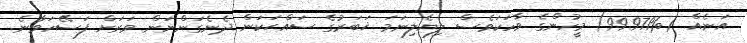
އަނެއް (%99.971) މީހުންގެ ވާހަކަވެސް ލިޔެލިނަމަ ޚަބަރުގެ ސައްޙަކަން ދެނެގަންނަން ވަރަށް ފަސޭހަވާނެ.